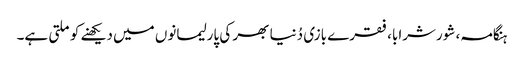
ہنگامہ، شورشرابا، فقرے بازی دُنیا بھر کی پارلیمانوں میں دیکھنے کو ملتی ہے۔